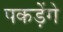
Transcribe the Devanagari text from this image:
पकड़ेंगे